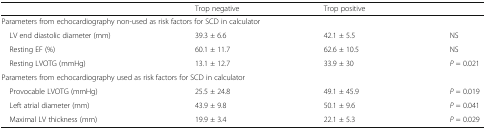
<table><thead><tr><td></td><td><b>Trop negative</b></td><td><b>Trop positive</b></td><td></td></tr></thead><tbody><tr><td colspan="4">Parameters from echocardiography non-used as risk factors for SCD in calculator</td></tr><tr><td> LV end diastolic diameter (mm)</td><td>39.3 ± 6.6</td><td>42.1 ± 5.5</td><td>NS</td></tr><tr><td> Resting EF (%)</td><td>60.1 ± 11.7</td><td>62.6 ± 10.5</td><td>NS</td></tr><tr><td> Resting LVOTG (mmHg)</td><td>13.1 ± 12.7</td><td>33.9 ± 30</td><td><i>P</i> = 0.021</td></tr><tr><td colspan="4">Parameters from echocardiography used as risk factors for SCD in calculator</td></tr><tr><td> Provocable LVOTG (mmHg)</td><td>25.5 ± 24.8</td><td>49.1 ± 45.9</td><td><i>P</i> = 0.019</td></tr><tr><td> Left atrial diameter (mm)</td><td>43.9 ± 9.8</td><td>50.1 ± 9.6</td><td><i>P</i> = 0.041</td></tr><tr><td> Maximal LV thickness (mm)</td><td>19.9 ± 3.4</td><td>22.1 ± 5.3</td><td><i>P</i> = 0.029</td></tr></tbody></table>